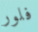
فلور